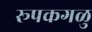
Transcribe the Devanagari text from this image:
रूपकगळु